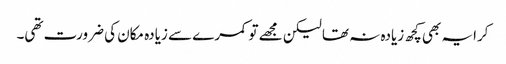
کرایہ بھی کچھ زیادہ نہ تھا لیکن مجھے تو کمرے سے زیادہ مکان کی ضرورت تھی۔